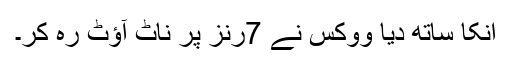
اُنکا ساتھ دیا ووکس نے 7رنز پر ناٹ آؤٹ رہ کر۔